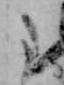
た